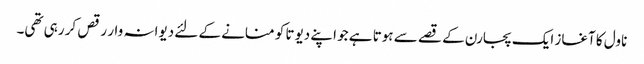
ناول کا آغاز ایک پجارن کے قصے سے ہوتا ہے جو اپنے دیوتا کو منانے کے لئے دیوانہ وار رقص کر رہی تھی۔